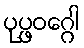
ပုပ္ဖဝဂ္ဂေါ